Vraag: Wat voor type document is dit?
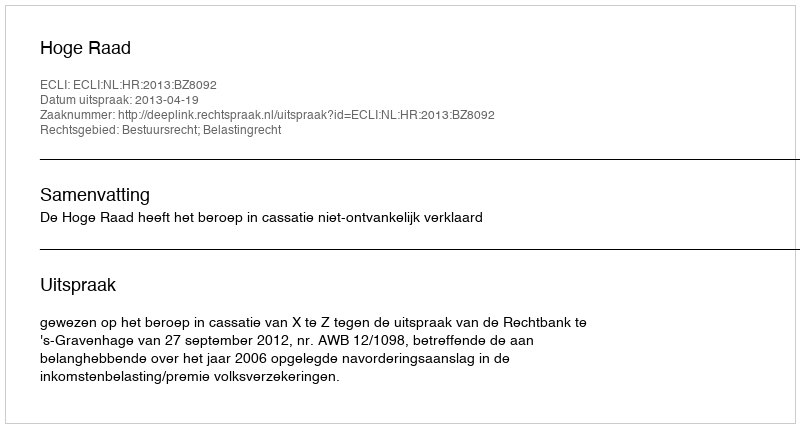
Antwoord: Uitspraak